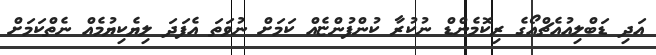
އަދި ޑަބްލިއުއެޗްއޯގެ ރިކޮމެންޑް ނުކުރާ ކުންފުންޏެއް ކަމަށް ނުވަތަ އެފަދަ ލިޔެކިޔުމެއް ނެތްކަމަށް